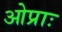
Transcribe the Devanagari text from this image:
ओप्राः